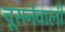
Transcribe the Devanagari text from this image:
चूसनेवाली